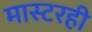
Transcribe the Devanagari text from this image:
मास्टरही